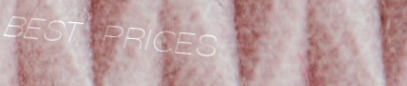
BEST PRICES